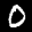
Label: 0